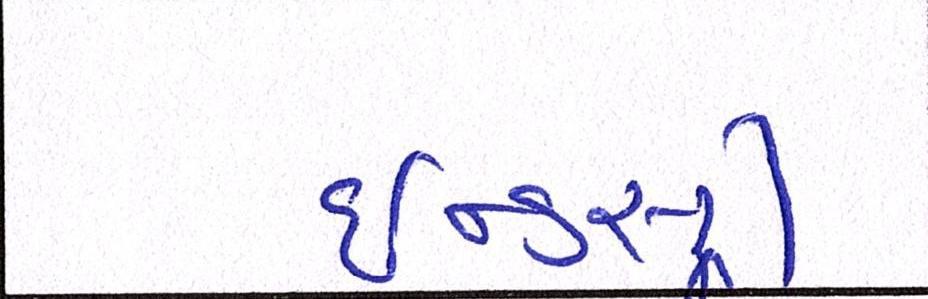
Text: ઈન્ડસ્ટ્રી